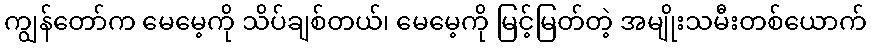
ကျွန်တော်က မေမေ့ကို သိပ်ချစ်တယ်၊ မေမေ့ကို မြင့်မြတ်တဲ့ အမျိုးသမီးတစ်ယောက်